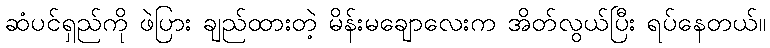
ဆံပင်ရှည်ကို ဖဲပြား ချည်ထားတဲ့ မိန်းမချောလေးက အိတ်လွယ်ပြီး ရပ်နေတယ်။